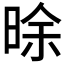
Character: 𣇞